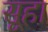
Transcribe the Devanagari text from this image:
सूहा